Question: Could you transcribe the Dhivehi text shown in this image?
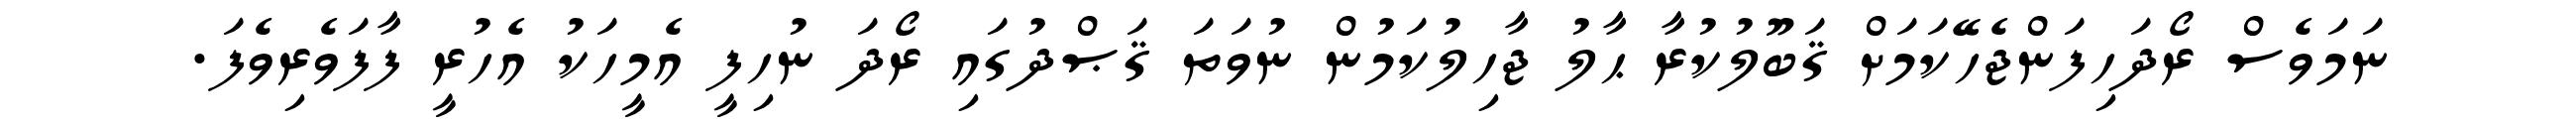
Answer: ނަމަވެސް ރޯދަހިފަންޖެހޭކަމަށް ޤަބޫލުކުރާ ޙާލު ޖާހިލުކަމުން ނުވަތަ ޤަޞްދުގައި ރޯދަ ނުހިފީ އެމީހަކު އެހުރީ ފާފަވެރިވެފަ.